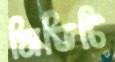
সিডিটি